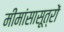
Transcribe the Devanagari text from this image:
मीमांसासूत्रों